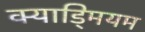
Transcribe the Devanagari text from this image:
क्याड्मियम